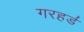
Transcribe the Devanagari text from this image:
गरहर्ड